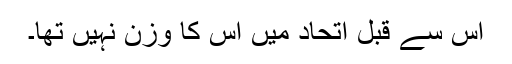
اس سے قبل اتحاد میں اس کا وزن نہیں تھا۔